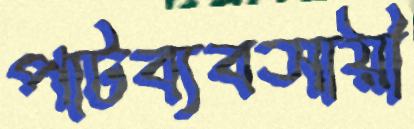
পাটব্যবসায়ী